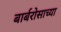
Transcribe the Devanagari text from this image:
बार्बरोसाच्या